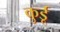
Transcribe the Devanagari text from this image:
कुर्डू